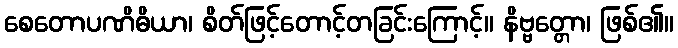
စေတောပဏိဓိယာ၊ စိတ်ဖြင့်တောင့်တခြင်းကြောင့်။ နိဗ္ဗတ္တော၊ ဖြစ်၏။